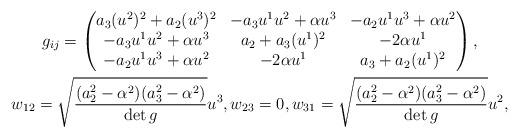
LaTeX: \begin{gather*}g_{ij}=\begin{pmatrix}a_3(u^2)^2+a_2(u^3)^2 & -a_3 u^1u^2+\alpha u^3 & -a_2 u^1 u^3+\alpha u^2 \\-a_3 u^1u^2+\alpha u^3 & a_2+a_3(u^1)^2 & -2\alpha u^1 \\-a_2 u^1 u^3+\alpha u^2 & -2\alpha u^1 & a_3+a_2(u^1)^2\end{pmatrix}, \\w_{12}=\sqrt{\frac{(a_2^2-\alpha^2)(a_3^2-\alpha^2)}{\det g}}u^3,w_{23}=0,w_{31}=\sqrt{\frac{(a_2^2-\alpha^2)(a_3^2-\alpha^2)}{\det g}}u^2,\end{gather*}